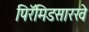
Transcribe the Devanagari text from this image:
पिरॅमिडसारखे